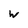
Character: w